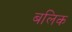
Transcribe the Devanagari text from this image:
बलिक